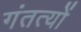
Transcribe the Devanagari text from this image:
गंतत्‍यों